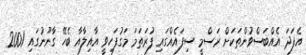
އެފަދަ އެއްބަސްވުންތަކަށް ރަސްމީ ސިފައެއްގައި ފުރަތަމަ މަގުފަހިވީ އާއިލާއާ ބެހޭ ގާނޫނުގައި 2001